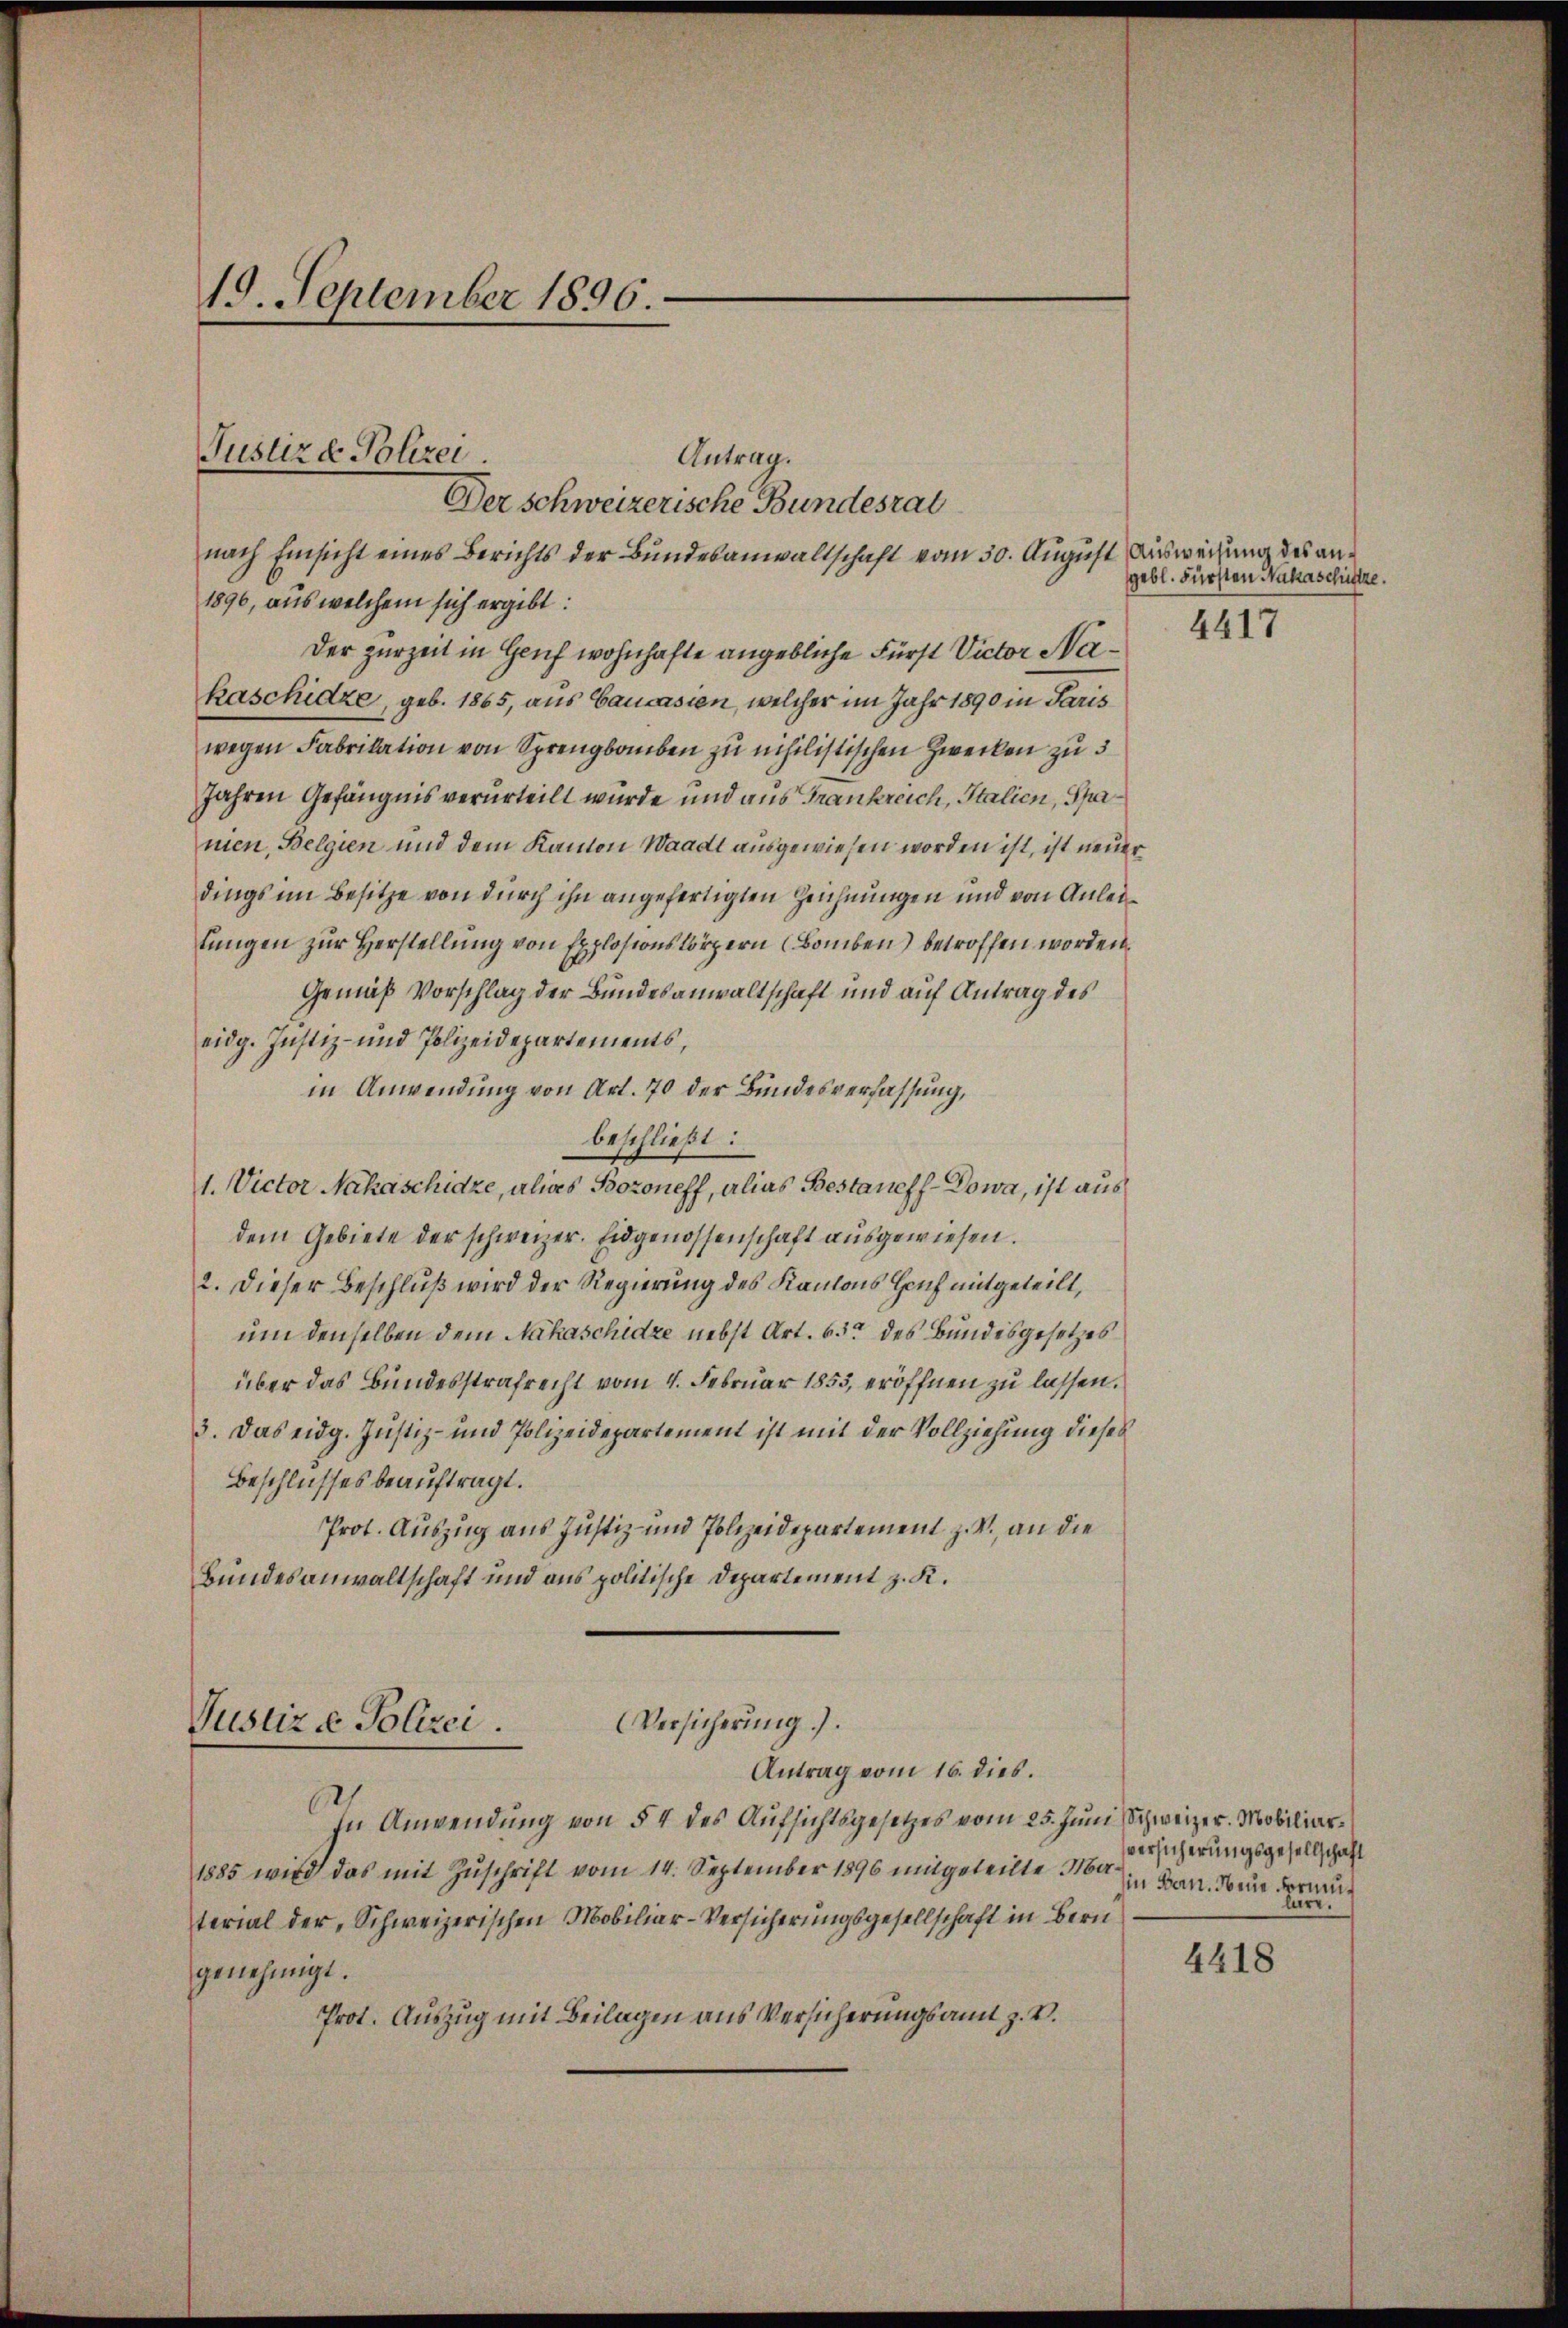
19. September 1896.

Antrag.
Der schweizerische Bundesrat
nach Einsicht eines Berichts der Bundesanwaltschaft vom 30. August Ausweisung des an¬
1896, aus welchem sich ergibt:
Der zurzeit in Genf wohnhafte angebliche Fürst Victor Nakaschidze, geb. 1865, aus Caucasien, welcher im Jahr 1890 in Paris
wegen Fabrikation von Sprengbauben zu nihilistischen Zwecken zu 5
Jahren Gefängnis verurteilt würde und aus Frankreich, Italien, Sparnien, Belgien und dem Kanton Waadt ausgewiesen worden ist, ist neuer
dings im Besitze von durch ihn angefertigten Zeichnungen und von Anleilungen zur Herstellung von Explosionskörpern (Bomben) betroffen worden.
Gemäß Vorschlag der Bundesanwaltschaft und auf Antrag des
eidg. Justiz- und Polizeidepartements,
in Anwendung von Art. 70 der Bundesverfassung,
beschließt:
1. Victor Nahaschidze, alias Bozoneff, alias Bestaneff-Dowa, ist aus
dem Gebiete der schweizer. Eidgenossenschaft ausgewiesen.
2. Dieser Beschluß wird der Regierung des Kantons Hauf mitgeteilt,
um denselben dem Nahaschidze nebst Art. 63ten des Bundesgesetzes
über das Bundesstrafrecht vom 4. Februar 1853, eröffnen zu lassen.
3. Das eidg. Justiz- und Polizeidepartement ist mit der Vollziehung dieses
Beschlusses beauftragt.
Prot. Auszug aus Justiz- und Polizeidepartement z. V., an die
Bundesanwaltschaft und aus politische Departement z. K.
Versicherŭng.

Justiz & Polizei.

Justiz & Polizei.
Antrag vom 16. dies.

In Anwendung von § 4 des Aufsichtsgesetzes vom 25. Juni, Schweizer. Mobiliar¬
1885 wird das mit Zuschrift vom 14. September 1896 mitgeteilte Material der, Schweizerischen Mobiliar-Versicherungsgesellschaft in Bern
genehmigt.
Prot. Auszug mit Beilagen aus Versicherungsamt z. B.

gebl. Fürsten Nakaschütze.

4417

versicherungsgesellschaft
Iin Bern. Neue Formuliere.

4418